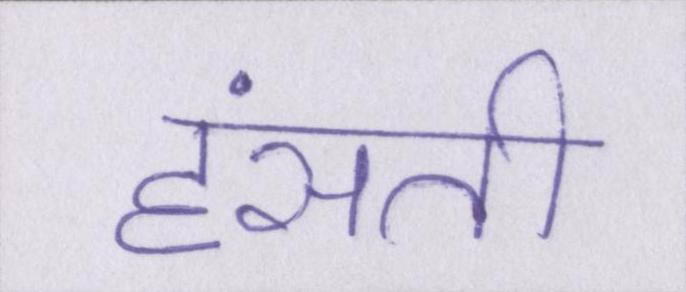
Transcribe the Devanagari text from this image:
हंसती